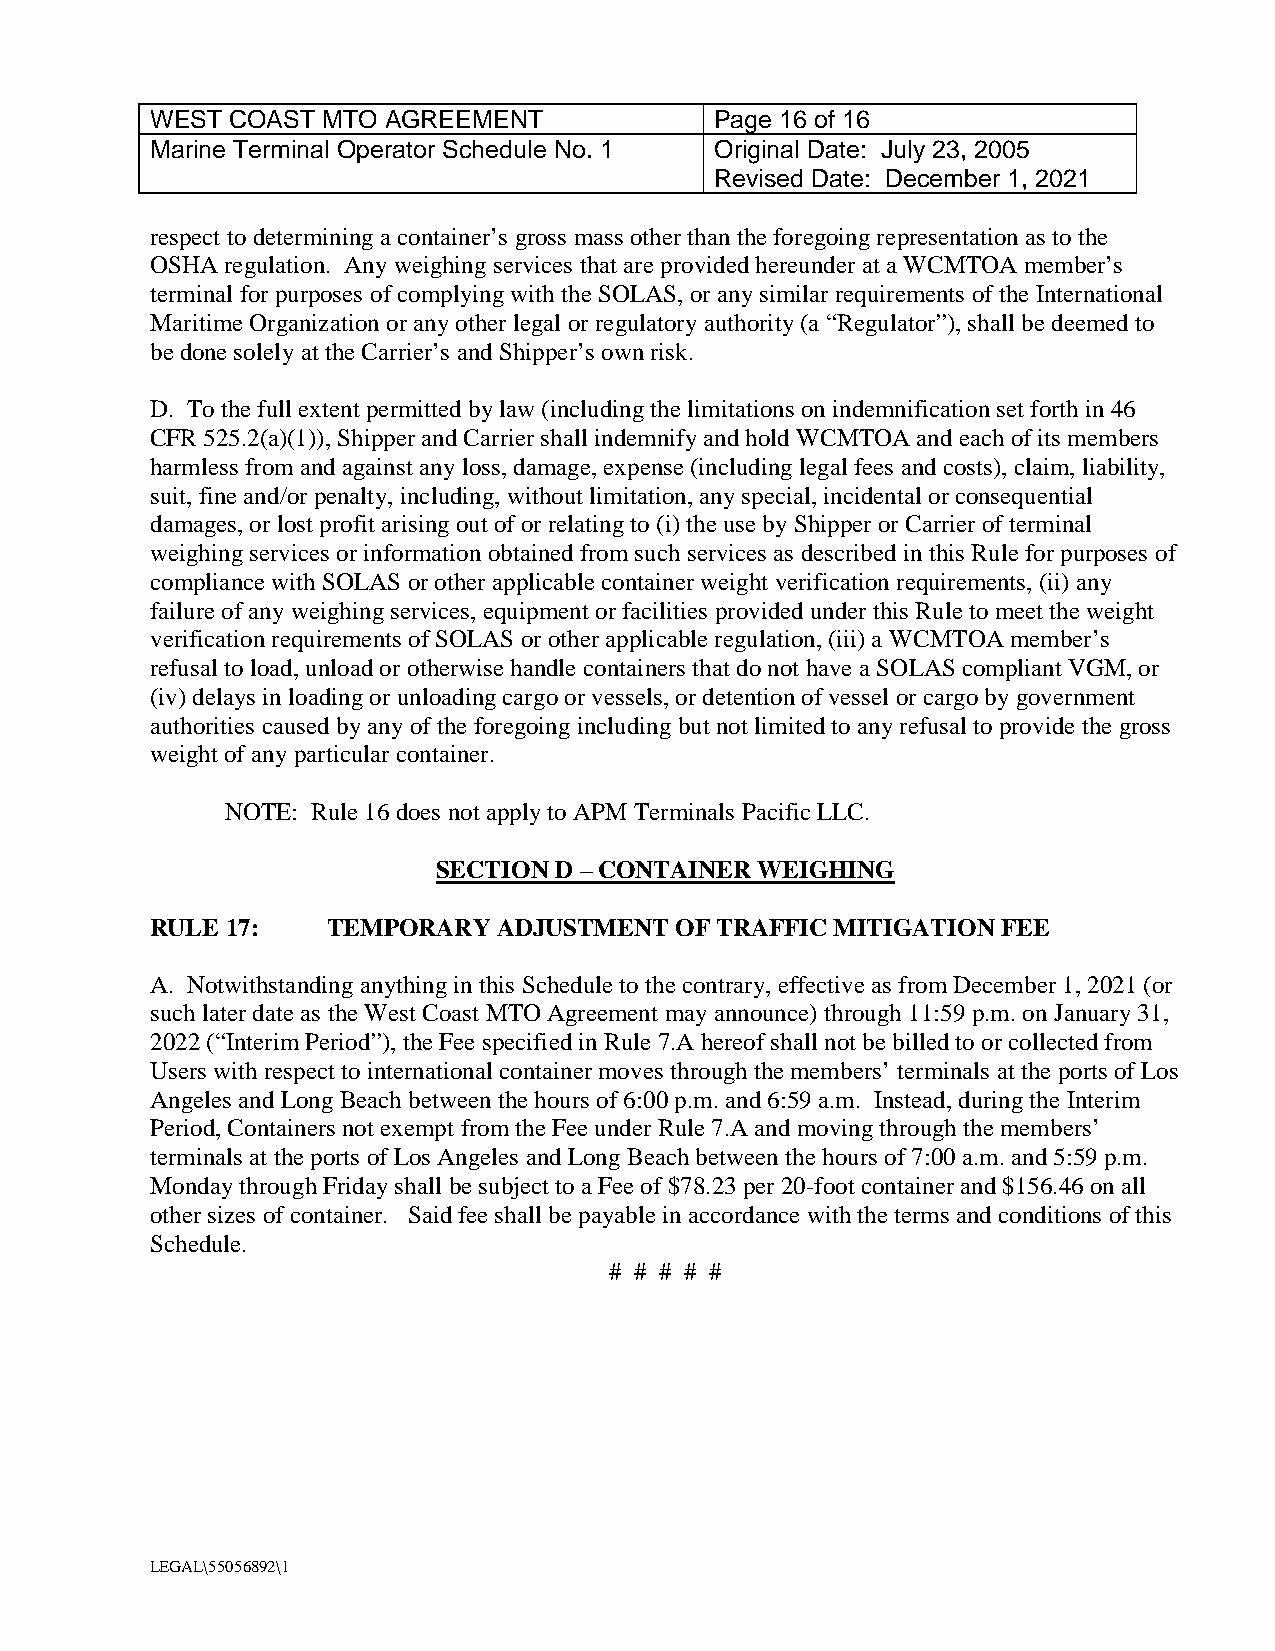
WEST COAST MTO AGREEMENT             Page 16 of 16
 Marine Terminal Operator Schedule No. 1 Original Date: July 23, 2005
 Revised Date: December 1, 2021
 respect to determining a container’s gross mass other than the foregoing representation as to the
 OSHA regulation. Any weighing services that are provided hereunder at a WCMTOA member’s
 terminal for purposes of complying with the SOLAS, or any similar requirements of the International
 Maritime Organization or any other legal or regulatory authority (a “Regulator”), shall be deemed to
 be done solely at the Carrier’s and Shipper’s own risk.
 D. To the full extent permitted by law (including the limitations on indemnification set forth in 46
 CFR 525.2(a)(1)), Shipper and Carrier shall indemnify and hold WCMTOA and each of its members
 harmless from and against any loss, damage, expense (including legal fees and costs), claim, liability,
 suit, fine and/or penalty, including, without limitation, any special, incidental or consequential
 damages, or lost profit arising out of or relating to (i) the use by Shipper or Carrier of terminal
 weighing services or information obtained from such services as described in this Rule for purposes of
 compliance with SOLAS or other applicable container weight verification requirements, (ii) any
 failure of any weighing services, equipment or facilities provided under this Rule to meet the weight
 verification requirements of SOLAS or other applicable regulation, (iii) a WCMTOA member’s
 refusal to load, unload or otherwise handle containers that do not have a SOLAS compliant VGM, or
 (iv) delays in loading or unloading cargo or vessels, or detention of vessel or cargo by government
 authorities caused by any of the foregoing including but not limited to any refusal to provide the gross
 weight of any particular container.
 NOTE: Rule 16 does not apply to APM Terminals Pacific LLC.
 SECTION D – CONTAINER WEIGHING
 RULE 17:    TEMPORARY  ADJUSTMENT  OF TRAFFIC MITIGATION FEE
 A. Notwithstanding anything in this Schedule to the contrary, effective as from December 1, 2021 (or
 such later date as the West Coast MTO Agreement may announce) through 11:59 p.m. on January 31,
 2022 (“Interim Period”), the Fee specified in Rule 7.A hereof shall not be billed to or collected from
 Users with respect to international container moves through the members’ terminals at the ports of Los
 Angeles and Long Beach between the hours of 6:00 p.m. and 6:59 a.m. Instead, during the Interim
 Period, Containers not exempt from the Fee under Rule 7.A and moving through the members’
 terminals at the ports of Los Angeles and Long Beach between the hours of 7:00 a.m. and 5:59 p.m.
 Monday through Friday shall be subject to a Fee of $78.23 per 20-foot container and $156.46 on all
 other sizes of container. Said fee shall be payable in accordance with the terms and conditions of this
 Schedule.
 # # # # #
 LEGAL\55056892\1